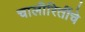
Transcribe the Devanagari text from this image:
चालीरितींचे